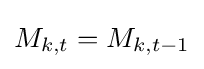
M_{k,t}=M_{k,t-1}